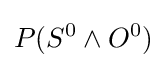
P(S^{0}\wedge O^{0})